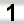
Digit: 1